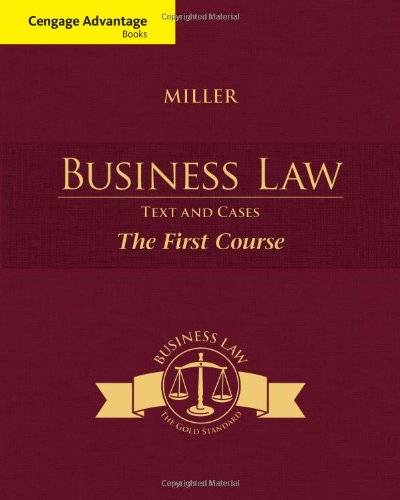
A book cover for Cengage Advantage Books: Business Law: Text and Cases - The First Course; Roger LeRoy Miller; Law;